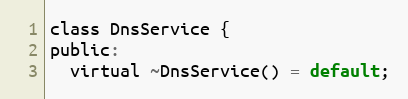
Language: C
class DnsService {
public:
  virtual ~DnsService() = default;